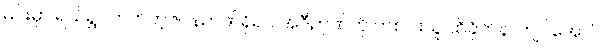
မင်းမှာ ရယ်ရွှင်တတ်တဲ့ဇဝနဉာဏ်ရှိရင် အဲဒီဉာဏ်ကို တစ်ပါးသူ ထိခိုက်နာကျင်အောင်